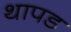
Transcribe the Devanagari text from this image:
थापड